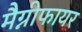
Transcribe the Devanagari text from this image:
मैग्नीफायर